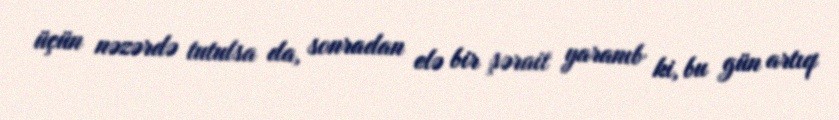
üçün nəzərdə tutulsa da, sonradan elə bir şərait yaranıb ki, bu gün artıq